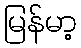
မြန်မာ့